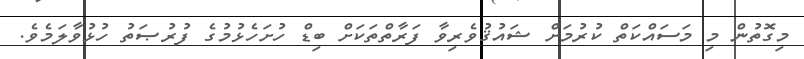
މިގޮތުން މި މަސައްކަތް ކުރުމަށް ޝައުޤުވެރިވާ ފަރާތްތަކަށް ބިޑް ހުށަހެޅުމުގެ ފުރުޞަތު ހުޅުވާލަމެވެ.